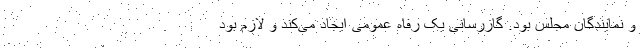
و نمایندگان مجلس بود. گازرسانی یک رفاه عمومی ایجاد می‌کند و لازم بود